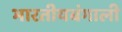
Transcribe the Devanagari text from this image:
भारतीयबंगाली